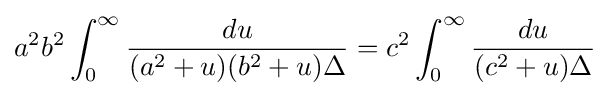
a^{2}b^{2}\int _{0}^{\infty }{\frac {du}{(a^{2}+u)(b^{2}+u)\Delta }}=c^{2}\int _{0}^{\infty }{\frac {du}{(c^{2}+u)\Delta }}